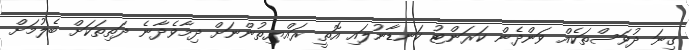
ގިނަ ދުވަސްތަކެއް ވަންދެން ކަރަންޓު ކަނޑާނުލައި އޮތީ ރައްޔިތުންނަށް ދިމާވެދާނެ ދަތިތަކަށް ބެލުމަށް